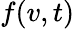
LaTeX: f(v,t)